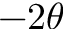
- 2 \theta